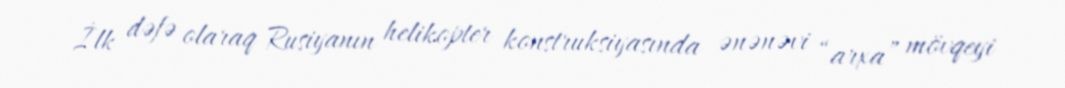
İlk dəfə olaraq Rusiyanın helikopter konstruksiyasında ənənəvi “arxa” mövqeyi